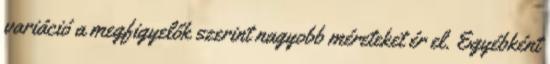
variáció a megfigyelők szerint nagyobb méreteket ér el. Egyébként